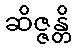
ဆိဇ္ဇန္တိ